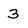
Character: 3